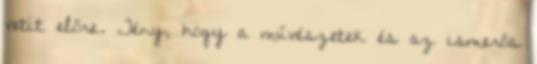
vetít előre. Tény, hogy a művészetek és az ismerős